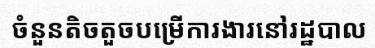
ចំនួនតិចតួចបម្រើការងារនៅរដ្ឋបាល